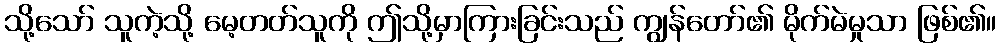
သို့သော် သူကဲ့သို့ မေ့တတ်သူကို ဤသို့မှာကြားခြင်းသည် ကျွန်တော်၏ မိုက်မဲမှုသာ ဖြစ်၏။